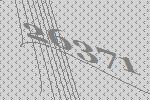
26371